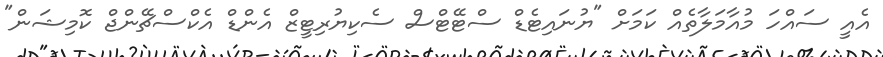
އެއީ ސައްހަ މުއާމަލާތެއް ކަމަށް "ޔުނައިޓެޑް ސްޓޭޓްސް ސެކިޔުރިޓީޒް އެންޑް އެކްސްޗޭންޖް ކޮމިޝަން"